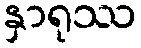
နှာရုဿ